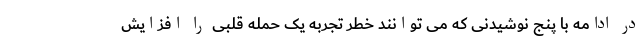
در ادامه با پنج نوشیدنی که می توانند خطر تجربه یک حمله قلبی را افزایش